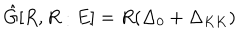
\hat { G } [ R , R : E ] = R ( \Delta _ { 0 } + \Delta _ { K K } )